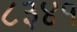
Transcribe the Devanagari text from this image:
८३४१